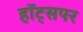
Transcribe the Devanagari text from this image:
हॉट्सपर